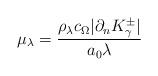
LaTeX: \begin{align*}\mu_\lambda=\frac{\rho_\lambda c_\Omega |\partial_n K^\pm_\gamma|}{a_0\lambda}\end{align*}